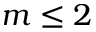
m \le 2